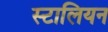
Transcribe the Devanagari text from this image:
स्टालियन